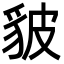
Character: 䝛